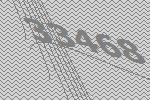
33468